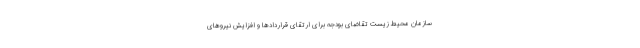
سازمان محیط زیست تقاضای بودجه برای ارتقای قراردادها و افزایش نیروهای